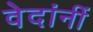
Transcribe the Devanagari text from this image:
वेदांनीं